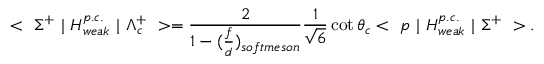
< ~ \Sigma ^ { + } ~ | ~ H _ { w e a k } ^ { p . c . } ~ | ~ \Lambda _ { c } ^ { + } ~ > = \frac { 2 } { 1 - ( \frac { f } { d } ) _ { s o f t m e s o n } } \frac { 1 } { \sqrt { 6 } } \cot \theta _ { c } < ~ p ~ | ~ H _ { w e a k } ^ { p . c . } ~ | ~ \Sigma ^ { + } ~ > .